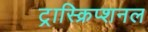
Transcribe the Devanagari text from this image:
ट्रास्क्रिप्शनल